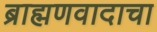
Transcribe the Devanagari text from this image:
ब्राह्मणवादाचा